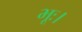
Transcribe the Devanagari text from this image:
भूः।